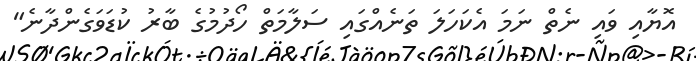
އޮޔާއި ވައި ނެތް ނަމަ އެކަހަލަ ތަނެއްގައި ސަލާމަތް ހޯދުމުގެ ބާރު ކުޑަވަގެންދާނެ"